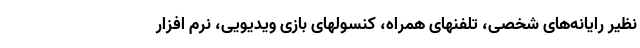
نظیر رایانه‌های شخصی، تلفنهای همراه، کنسولهای بازی ویدیویی، نرم افزار